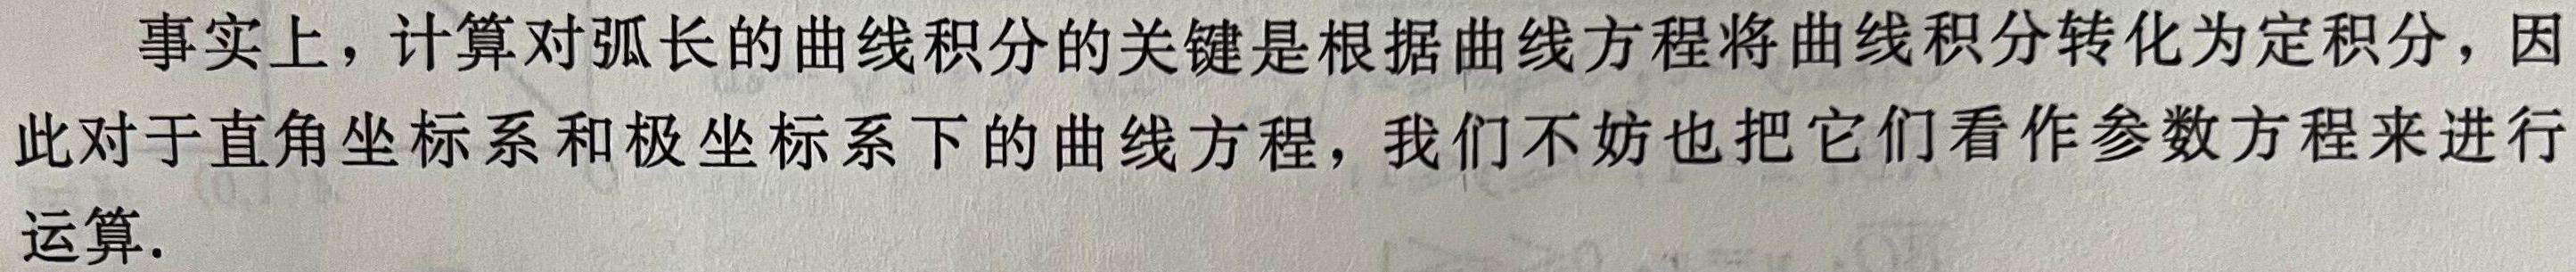
事实上，计算对弧长的曲线积分的关键是根据曲线方程将曲线积分转化为定积分，因此对于直角坐标系和极坐标系下的曲线方程，我们不妨也把它们看作参数方程来进行运算.